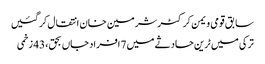
سابق قومی ویمن کرکٹرشرمین خان انتقال کرگئیں
ترکی میں ٹرین حادثے میں 7 افراد جاں بحق، 43 زخمی